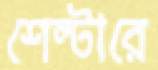
শেল্টারে